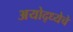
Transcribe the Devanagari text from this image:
अयोद्ध्येचे